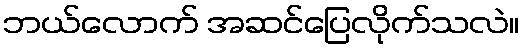
ဘယ်လောက် အဆင်ပြေလိုက်သလဲ။